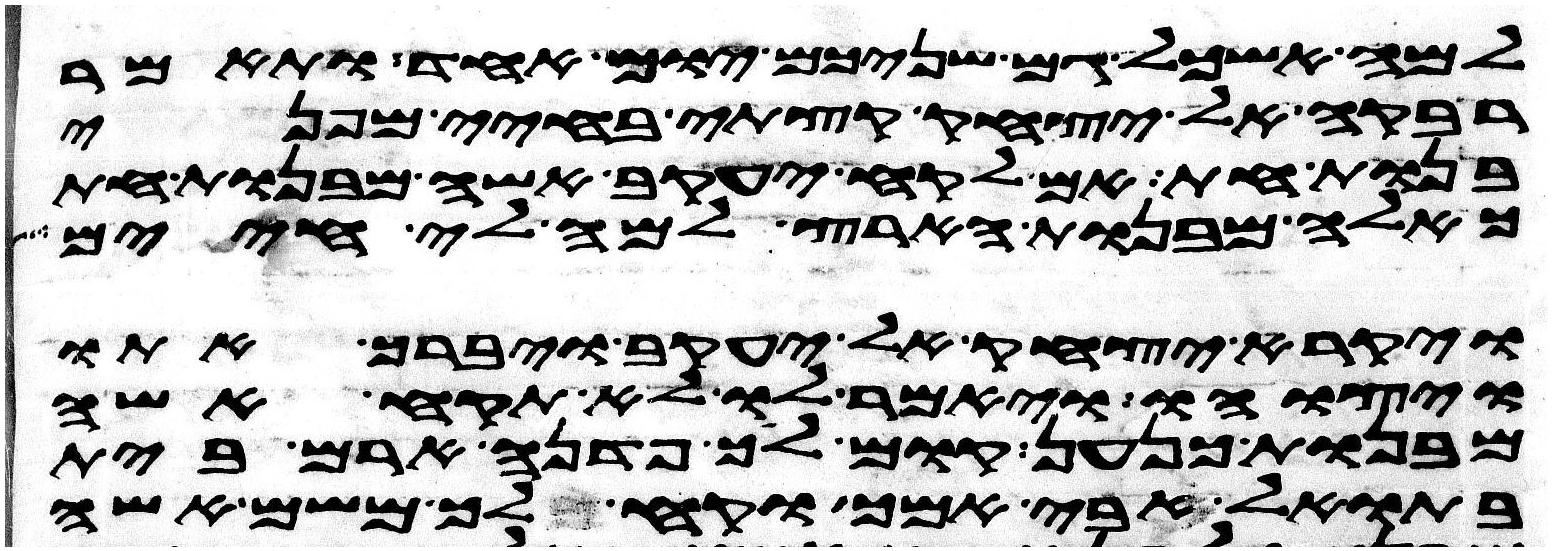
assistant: למה אשכל גם שניכם יום אחד ותאמר
רבקה אל יצחק קצתי בחיי מפני
בנות חת אם לקח יעקב אשה מבנות חת
כאלה מבנות הארץ למה לי חיים
ויקרא יצחק אל יעקב ויברך אתו
ויצוהו ויאמר לו לא תקח אשה
מבנות כנען קום לך פדנה ארם בית
בתואל אבי אמך וקח לך משם אשה